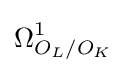
\Omega _{O_{L}/O_{K}}^{1}